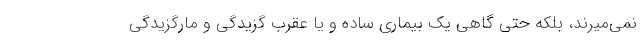
نمی‌میرند، بلکه حتی گاهی یک بیماری ساده و یا عقرب گزیدگی و مارگزیدگی